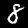
Label: 8